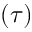
( \tau )